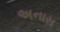
અનાસ